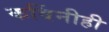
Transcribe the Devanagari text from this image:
कविंनीही